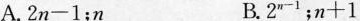
A. $$ 2_{n} - 1 $$；n B. $$ 2^{n - 1} $$ ；$$ n + 1 $$